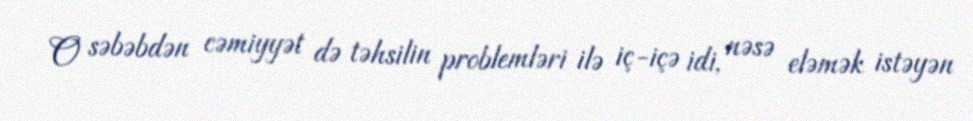
O səbəbdən cəmiyyət də təhsilin problemləri ilə iç-içə idi, nəsə eləmək istəyən